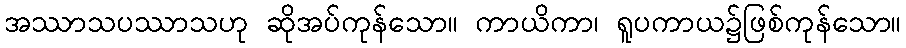
အဿာသပဿာသဟု ဆိုအပ်ကုန်သော။ ကာယိကာ၊ ရူပကာယ၌ဖြစ်ကုန်သော။